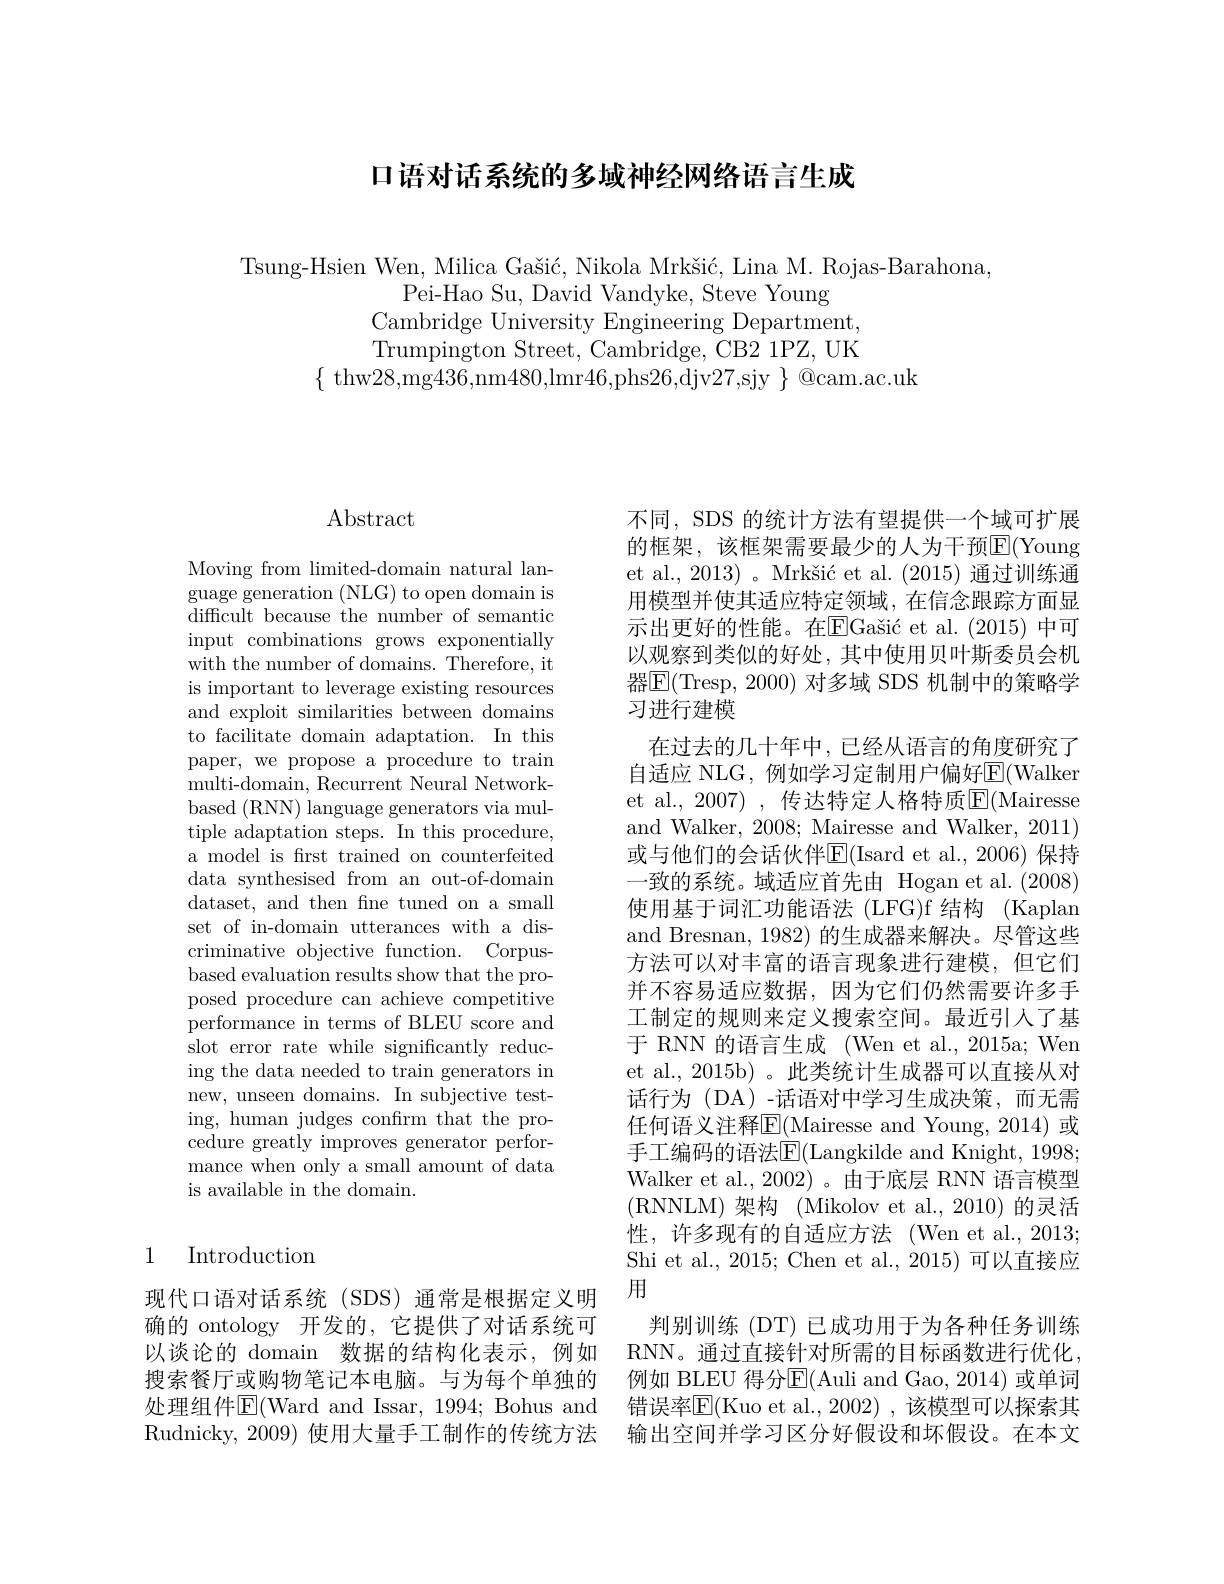
口语对话系统的多域神经网络语言生成

Tsung-Hsien Wen, Milica Gašić, Nikola Mrkšić, Lina M. Rojas-Barahona,
Pei-Hao Su, David Vandyke, Steve Young
Cambridge University Engineering Department Trumpington Street, Cambridge, CB2 1PZ, UK
$\{{\mathrm{~thw28,mg436,nm480,lmr46,phs26,djv27,sjy~}}\}{@}$cam.ac.uk

## $\operatorname{Abstract}$

Moving from limited-domain natural language generation (NLG) to open domain is difficult because the number of semantic input combinations grows exponentially with the number of domains. Therefore, it is important to leverage existing resources and exploit similarities between domains to facilitate domain adaptation. In this paper, we propose a procedure to train multi-domain, Recurrent Neural Networkbased (RNN) language generators via multiple adaptation steps. In this procedure, a model is frst trained on counterfeited data synthesised from an out-of-domain dataset, and then fine tuned on a small set of in-domain utterances with a discriminative objective function. Corpusbased evaluation results show that the proposed procedure can achieve competitive $\bar{\text{performance in terms of BLEU score and}}$ slot error rate while significantly reducing the data needed to train generators in new, unseen domains. In subjective testing, human judges confırm that the procedure greatly improves generator performance when only a small amount of data is available in the domain.

## 1 Introduction

现代口语对话系统(SDS)通常是根据定义明 用

不同，SDS 的统计方法有望提供一个域可扩展的框架，该框架需要最少的人为干预$\overline{\mathrm{E}}($Young et al., 2013) 。Mrkšić et al. (2015)通过训练通用模型并使其适应特定领域，在信念跟踪方面显示出更好的性能。在$\overline {\mathrm{E} }\text{Ga\v {s}i\' {c}etal. ( 2015) 中 可 }$ 以观察到类似的好处，其中使用贝叶斯委员会机器$\boxed{\mathrm{E}}($Tresp, 2000) 对多域 SDS 机制中的策略学习进行建模
在过去的几十年中，已经从语言的角度研究了自适应 NLG, 例如学习定制用户偏好$\overline{\mathrm{E}}($Walker et al., 2007) , 传达特定人格特质$\operatorname{E}($Mairesse and Walker, 2008; Mairesse and Walker, 2011) 或与他们的会话伙伴E(Isard et al.,2006)保持一致的系统。域适应首先由 Hogan et al.(2008) 使用基于词汇功能语法(LFG)f 结构(Kaplan and Bresnan, 1982) 的生成器来解决。尽管这些方法可以对丰富的语言现象进行建模，但它们并不容易适应数据，因为它们仍然需要许多手工制定的规则来定义搜索空间。最近引入了基于 RNN 的语言生成 (Wen et al., 2015a; Wen et al., 2015b) 。此类统计生成器可以直接从对话行为(DA)-话语对中学习生成决策，而无需任何语义注释E(Mairesse and Young, 2014) 或手工编码的语法E$( Langkilde and Knight, 1998;$ Walker et al., 2002)。由于底层 RNN 语言模型(RNNLM)架构(Mikolov et al.,2010)的灵活性，许多现有的自适应方法(Wen et al.,2013; Shi et al., 2015; Chen et al., 2015) 可以直接应
确的 ontology 开发的，它提供了对话系统可 判别训练 (DT) 已成功用于为各种任务训练以谈论的 domain 数据的结构化表示，例如 RNN。通过直接针对所需的目标函数进行优化， 搜索餐厅或购物笔记本电脑。与为每个单独的 例如 BLEU 得分E|(Auli and Gao, 2014) 或单词处理组件$\boxed{\mathrm{E}}($Ward and Issar, 1994; Bohus and 错误率$\boxed{\mathrm{E}}($Kuo et al.,2002) ,该模型可以探索其Rudnicky, 2009) 使用大量手工制作的传统方法 输出空间并学习区分好假设和坏假设。在本文